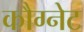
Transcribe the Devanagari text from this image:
कौग्नेट